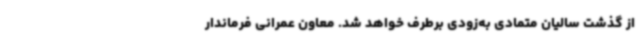
از گذشت سالیان متمادی به‌زودی برطرف خواهد شد. معاون عمرانی فرماندار